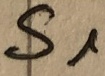
Text: S1